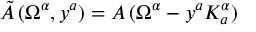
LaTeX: \tilde { A } \, ( \Omega ^ { \alpha } , y ^ { a } ) = A \, ( \Omega ^ { \alpha } - y ^ { a } K _ { a } ^ { \alpha } )